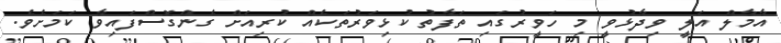
އާމާލް އަލީ ވިދާޅުވީ މި ހަވީރުގައި ތަފާތު ކުޅިވަރުތަކެއް ކުރިއަށް ގެންގޮސްފައިވާ ކަމަށެވެ.